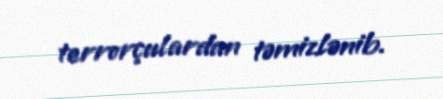
terrorçulardan təmizlənib.